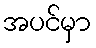
အပင်မှာ